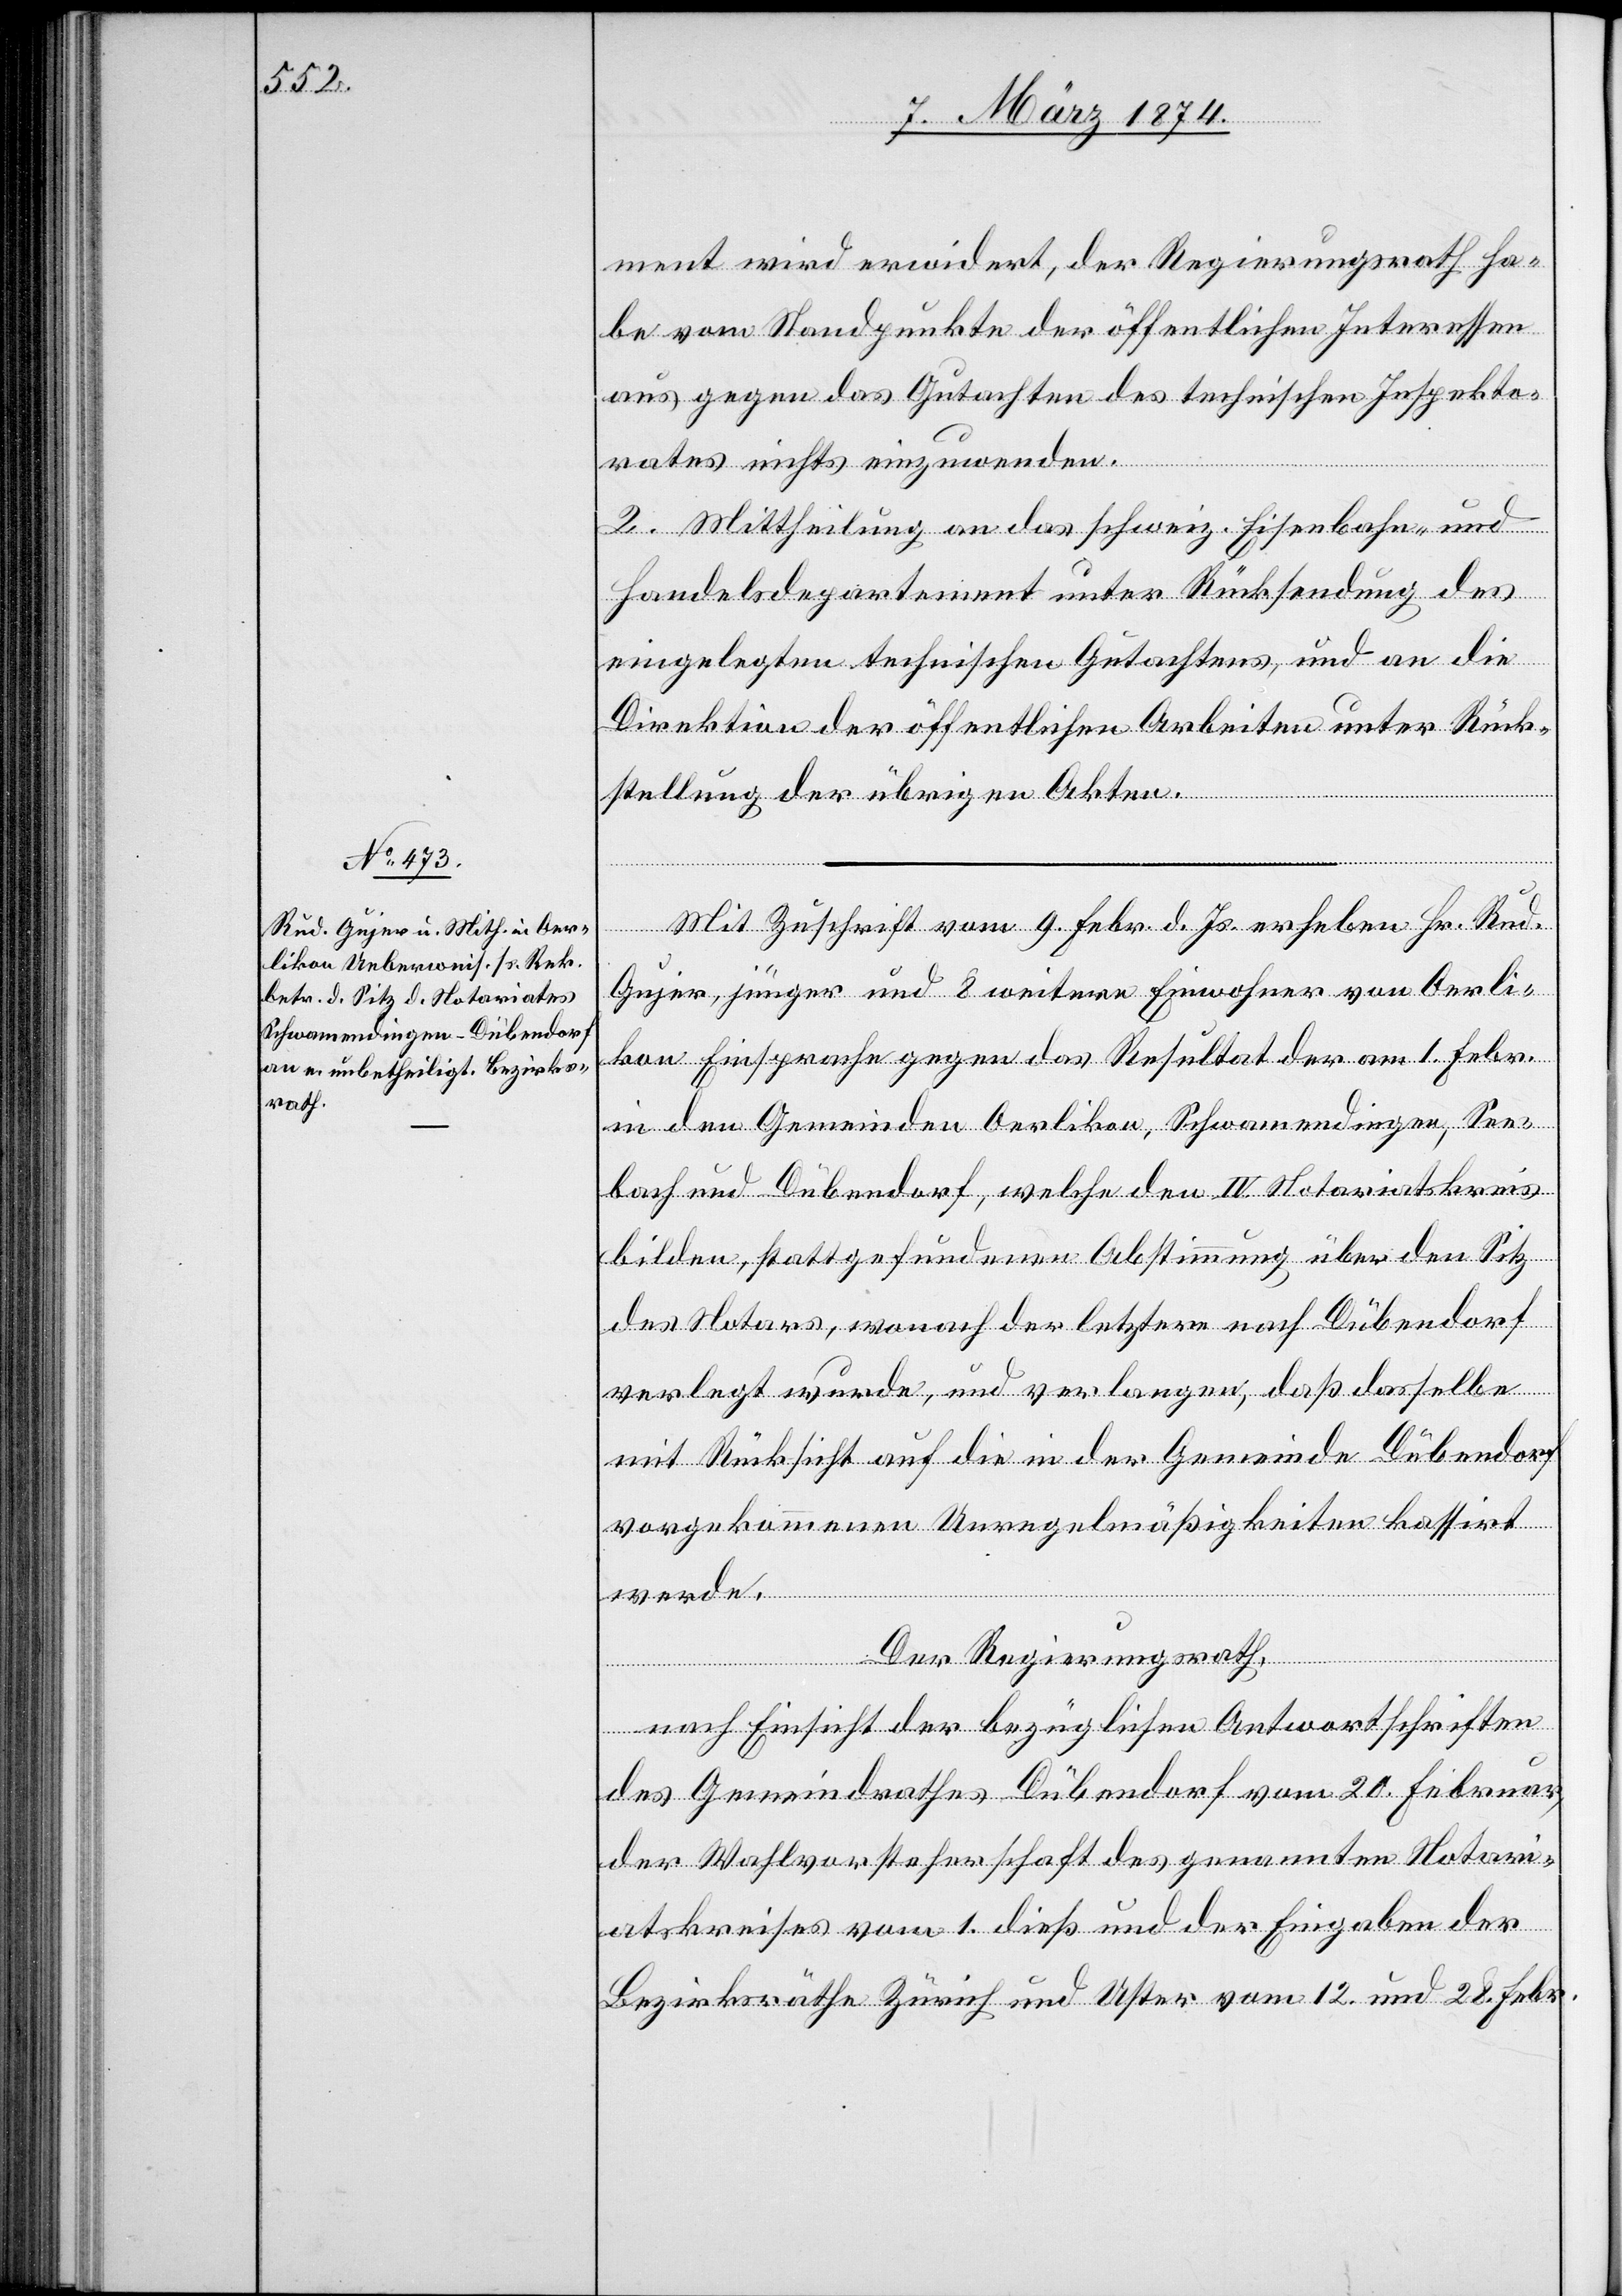
ment wird erwiedert, der Regierungsrath ha¬
be vom Standpunkte der öffentlichen Interessen
aus gegen das Gutachten des technischen Inspekto¬
rates nichts einzuwenden.
2. Mittheilung an das schweiz. Eisenbahn- und
Handelsdepartement unter Rücksendung des
eingelegten technischen Gutachtens, und an die
Direktion der öffentlichen Arbeiten unter Rück¬
stellung der übrigen Akten.
Mit Zuschrift vom 9. Febr. d. Js. erheben Hr. Rud.
Gujer, jünger und 8 weitere Einwohner von Oerli¬
kon Einsprache gegen das Resultat der am 1. Febr.
in den Gemeinden Oerlikon, Schwamendingen, See¬
bach und Dübendorf, welche den IV Notariatskreis
bilden, stattgefundenen Abstimmung über den Sitz
des Notars, wonach der letztere nach Dübendorf
verlegt wurde, und verlangen, daß dasselbe
mit Rücksicht auf die in der Gemeinde Dübendorf
vorgekommenen Unregelmäßigkeiten kassirt
werde.
Der Regierungsrath,
nach Einsicht der bezüglichen Antwortschriften
des Gemeindrathes Dübendorf vom 20. Februar,
der Wahlvorsteherschaft des genannten Notari¬
atskreises vom 1. dieß und der Eingaben der
Bezirksräthe Zürich und Uster vom 12. und 28. Febr.